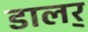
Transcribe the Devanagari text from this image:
डालर्